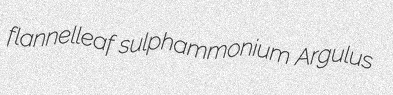
flannelleaf sulphammonium Argulus